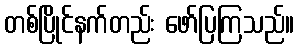
တစ်ပြိုင်နက်တည်း ဖော်ပြကြသည်။